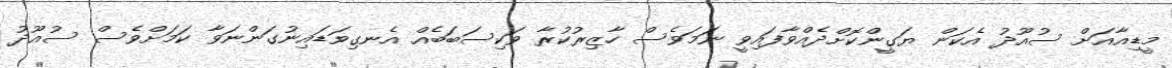
މީޑިއާއަށް ސުއޫދު އެކަން ޔަގީންކޮށްދެއްވާފައިވީ ނަމަވެސް ހާޒިރުކުރާ ވަކިސަބަބެއް އެނގިވަޑައިނުގަންނަވާ ކަމަށްވެސް ސުއޫދު